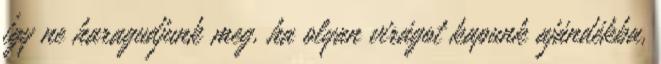
így ne haragudjunk meg, ha olyan virágot kapunk ajándékba,